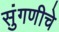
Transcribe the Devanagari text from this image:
सुंगणीचे